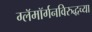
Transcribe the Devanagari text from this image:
ग्लॅमॉर्गनविरुद्धच्या